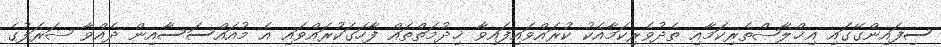
ސިފައިންގޭގައި އިޚްލާޞްތެރިކަމާއި ތެދުވެރިކަމާއެކު ކުރައްވައިފައިވާ ޚިދުމަތްތައް ފާހަގަކުރައްވައި އެ މުއައްސަސާއިން ދެއްވާ ޝަރަފުގެ